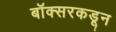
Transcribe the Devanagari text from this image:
बॉक्सरकडून